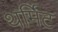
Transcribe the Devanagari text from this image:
थर्मिट